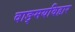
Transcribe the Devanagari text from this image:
वाङ्मयविहार